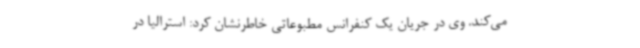
می‌کند. وی در جریان یک کنفرانس مطبوعاتی خاطرنشان کرد: استرالیا در